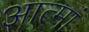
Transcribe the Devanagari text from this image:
आत्मां